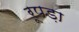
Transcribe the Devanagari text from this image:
रूपड़ा